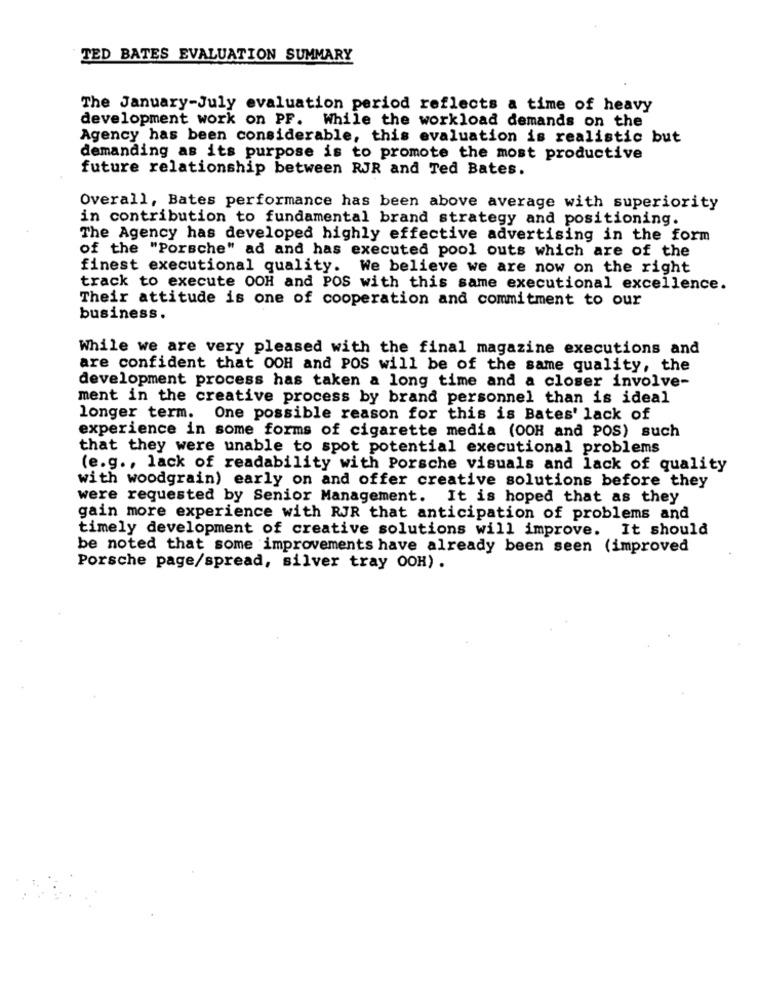
TED BATES EVALUATION SUMMARY
The January-July evaluation period reflects a time of heavy
development work on PF. While the workload demands on the
Agency has been considerable, this evaluation is realistic but
demanding as its purpose is to promote the most productive
future relationship between RJR and Ted Bates.
Overall, Bates performance has been above average with superiority
in contribution to fundamental brand strategy and positioning.
The Agency has developed highly effective advertising in the form
of the "Porsche" ad and has executed pool outs which are of the
finest executional quality. We believe we are now on the right
track to execute OOH and POS with this same executional excellence.
Their attitude is one of cooperation and commitment to our
business.
While we are very pleased with the final magazine executions and
are confident that OOH and POS will be of the same quality, the
development process has taken a long time and a closer involve-
ment in the creative process by brand personnel than is ideal
longer term.
One possible reason for this is Bates' lack of
experience in some forms of cigarette media (OOH and POS) such
that they were unable to spot potential executional problems
(e.g ., lack of readability with Porsche visuals and lack of quality
with woodgrain) early on and offer creative solutions before they
were requested by Senior Management. It is hoped that as they
gain more experience with RJR that anticipation of problems and
timely development of creative solutions will improve. It should
be noted that some improvements have already been seen (improved
Porsche page/spread, silver tray OOH) .